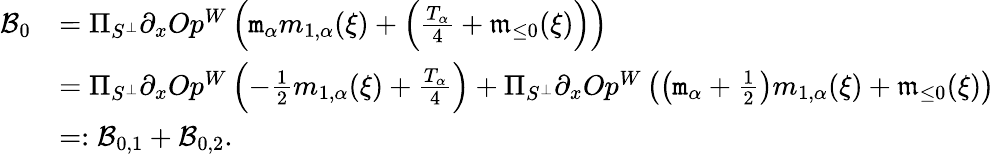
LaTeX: \begin{array}{rl}{\mathcal{B}_{0}}&{=\Pi_{S^{\perp}}\partial_{x}Op^{W}\left(\mathtt{m}_{\alpha}m_{1,\alpha}(\xi)+\left(\frac{T_{\alpha}}4+\mathfrak{m}_{\le 0}(\xi)\right)\right)}\\ &{=\Pi_{S^{\perp}}\partial_{x}Op^{W}\left(-\frac{1}{2}m_{1,\alpha}(\xi)+\frac{T_{\alpha}}4\right)+\Pi_{S^{\perp}}\partial_{x}Op^{W}\left(\left(\mathtt{m}_{\alpha}+\frac{1}{2}\right)m_{1,\alpha}(\xi)+\mathfrak{m}_{\le 0}(\xi)\right)}\\ &{=:\mathcal{B}_{0,1}+\mathcal{B}_{0,2}.}\end{array}